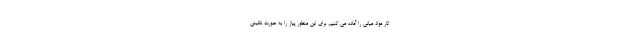
کار مواد میانی را آماده می کنیم، برای این منظور پیاز را به صورت نگینی